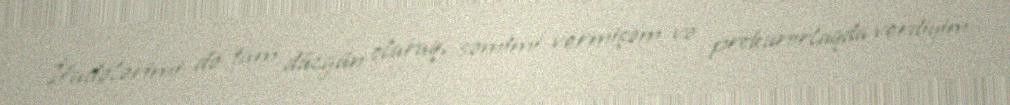
İfadələrimi də tam düzgün olaraq, səmimi vermişəm və prokurorluqda verdiyim